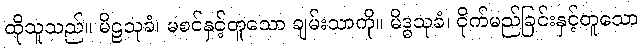
ထိုသူသည်။ မိဠသုခံ၊ မစင်နှင့်တူသော ချမ်းသာကို။ မိဒ္ဓသုခံ၊ ငိုက်မည်ခြင်းနှင့်တူသော